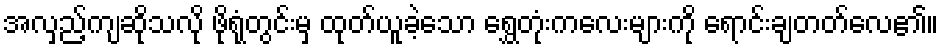
အလှည့်ကျဆိုသလို ဖိုရုံတွင်းမှ ထုတ်ယူခဲ့သော ရွှေတုံးကလေးများကို ရောင်းချတတ်လေ၏။